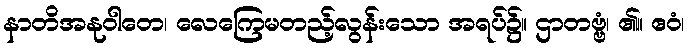
နာတိအနုဝါတေ၊ လေကြေမတည့်လွန်းသော အရပ်၌။ ဌာတဗ္ဗံ၊ ၏။ ဧဝံ၊